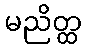
မညိတ္ထ